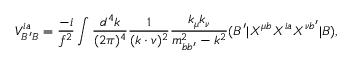
V _ { B ^ { \prime } B } ^ { i a } = \frac { - i } { f ^ { 2 } } \int \frac { d ^ { 4 } k } { ( 2 \pi ) ^ { 4 } } \frac { 1 } { ( k \cdot v ) ^ { 2 } } \frac { k _ { \mu } k _ { \nu } } { m _ { b b ^ { \prime } } ^ { 2 } - k ^ { 2 } } ( B ^ { \prime } | X ^ { \mu b } X ^ { i a } X ^ { \nu b ^ { \prime } } | B ) ,